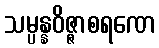
သမ္ပန္နဝိဇ္ဇာစရဏေ